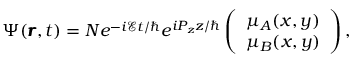
\Psi ( \pmb { r } , t ) = N e ^ { - i \mathcal { E } t / \hbar } e ^ { i P _ { z } z / \hbar } \left( \begin{array} { c } { \mu _ { A } ( x , y ) } \\ { \mu _ { B } ( x , y ) } \end{array} \right) ,